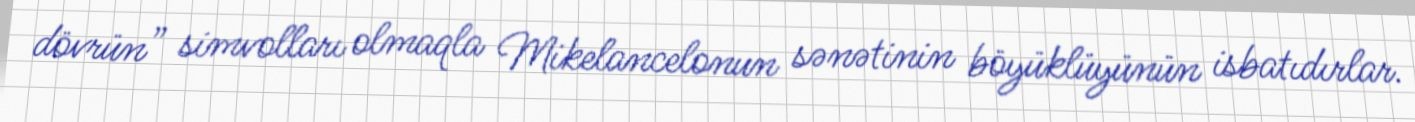
dövrün” simvolları olmaqla Mikelancelonun sənətinin böyüklüyünün isbatıdırlar.